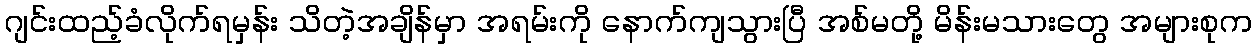
ဂျင်းထည့်ခံလိုက်ရမှန်း သိတဲ့အချိန်မှာ အရမ်းကို နောက်ကျသွားပြီ အစ်မတို့ မိန်းမသားတွေ အများစုက